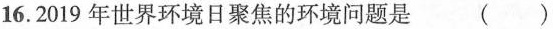
16.2019年世界环境日聚焦的环境问题是 ( )